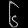
Digit: ၆